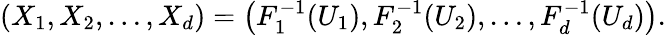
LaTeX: (X_{1},X_{2},\dots,X_{d})=\left(F_{1}^{-1}(U_{1}),F_{2}^{-1}(U_{2}),\dots,F_{d}^{-1}(U_{d})\right).